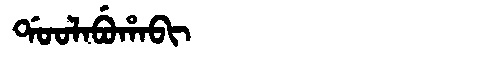
Manchu: ᡩᠣᠣᠯᠠᠪᡠᡥᠠᠪᡳ
Romanization: DOOLABUHABI